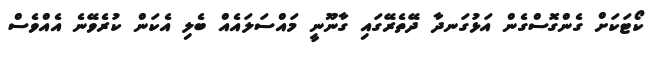
ކޯޓަކަށް ގެންގޮސްގެން އަޅުގަނދާ ދޭތެރޭގައި ގާނޫނީ މައްސަލައެއް ބެލި އެކަން ކުރެވޭނެ އެއްވެސް